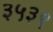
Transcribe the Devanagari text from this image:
३५३९